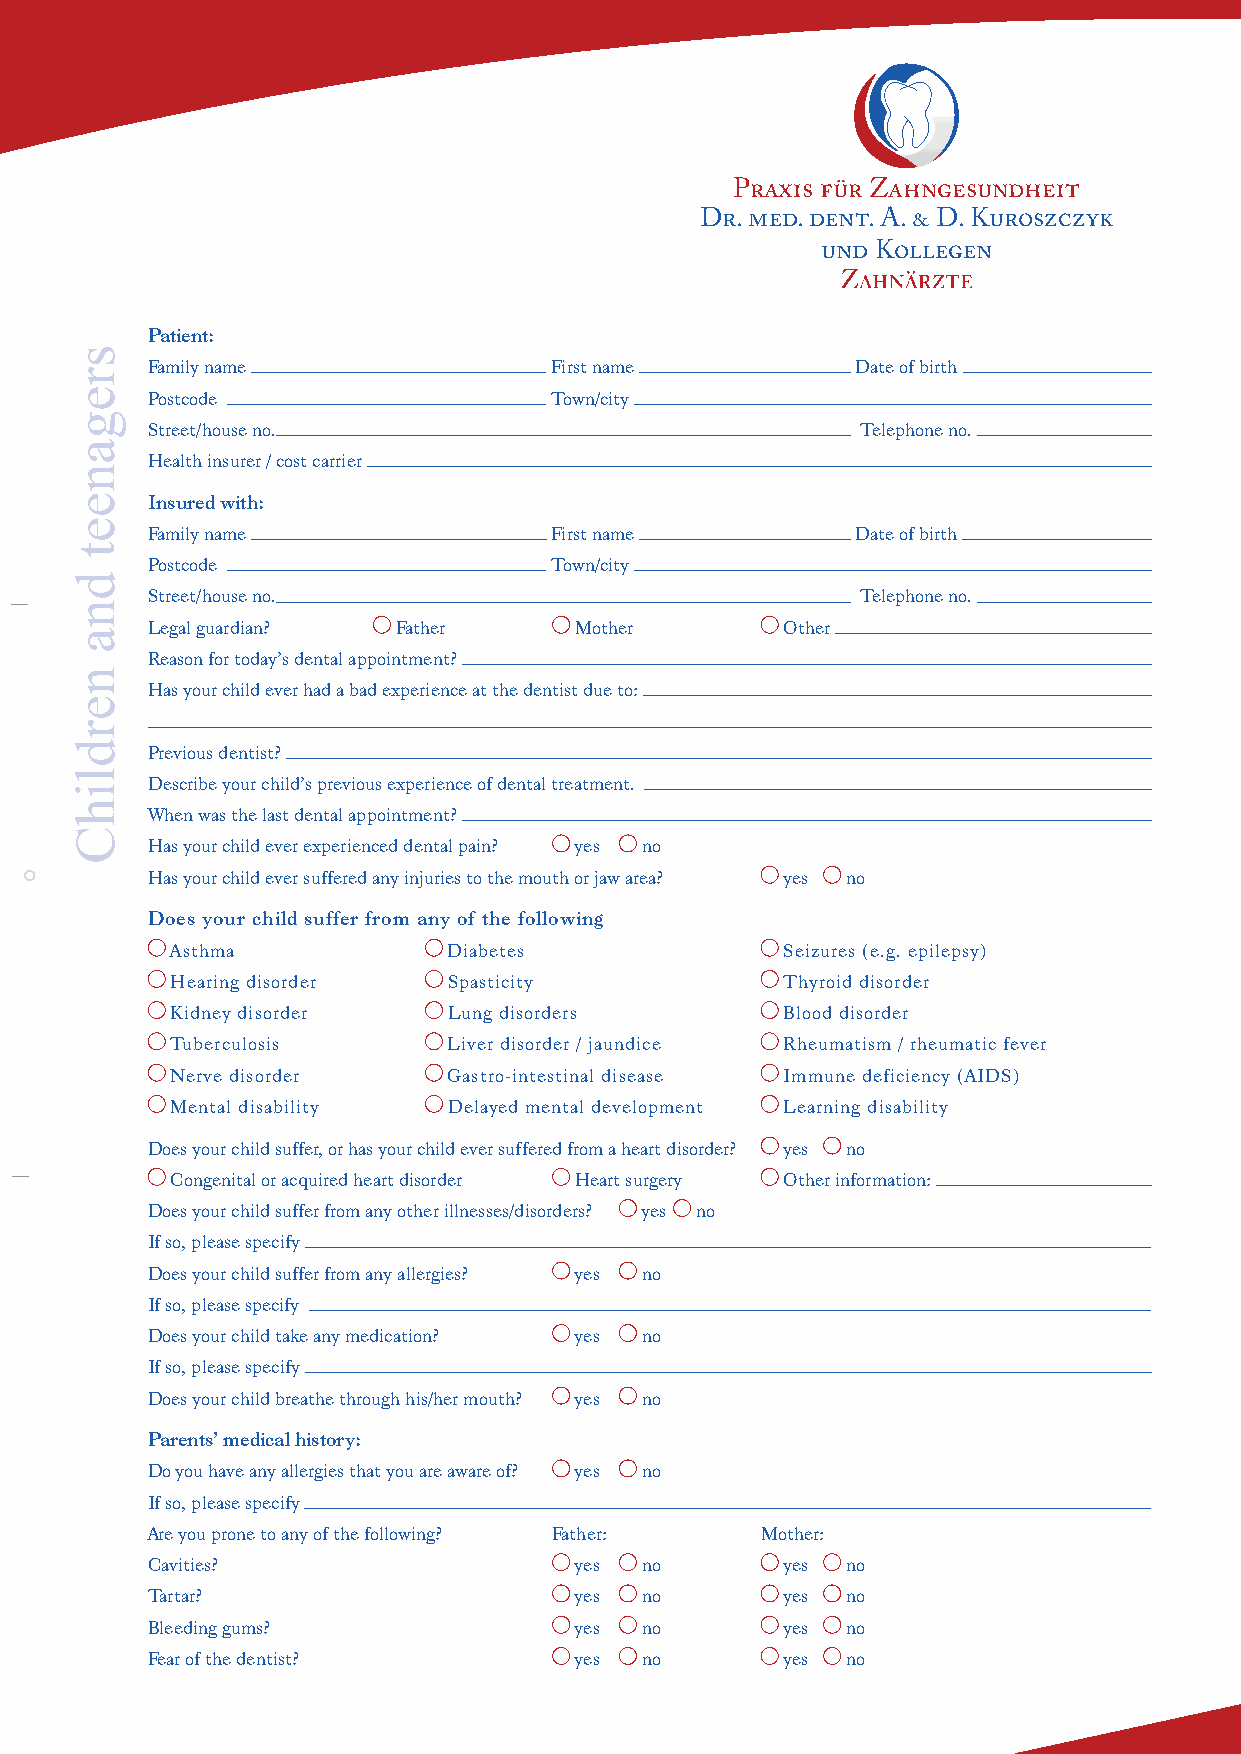
Praxis für Zahngesundheit
 Dr. med. dent. A. & D. Kuroszczyk
 und Kollegen
 Patient:
 Family name               First name           Date of birth
 Postcode                  Town/city
 Street/house no.                               Telephone no.
 Health insurer / cost carrier
 Insured with:
 Family name               First name           Date of birth
 Postcode                  Town/city
 Street/house no.                               Telephone no.
 Legal guardian? Father      Mother        Other
 Reason for today’s dental appointment?
 Has your child ever had a bad experience at the dentist due to:
 Previous dentist?
 Describe your child’s previous experience of dental treatment.
 When was the last dental appointment?
 Has your child ever experienced dental pain? yes no
 Has your child ever suffered any injuries to the mouth or jaw area? yes no
 Does your child suffer from any of the following
 Asthma             Diabetes              Seizures (e.g. epilepsy)
 Hearing disorder   Spasticity            Thyroid disorder
 Kidney disorder    Lung disorders        Blood disorder
 Tuberculosis       Liver disorder / jaundice Rheumatism / rheumatic fever
 Nerve disorder     Gastro-intestinal disease Immune deficiency (AIDS)
 Mental disability  Delayed mental development Learning disability
 Does your child suffer, or has your child ever suffered from a heart disorder? yes no
 Congenital or acquired heart disorder Heart surgery Other information:
 Does your child suffer from any other illnesses/disorders? yes no
 If so, please specify
 Does your child suffer from any allergies? yes no
 If so, please specify
 Does your child take any medication? yes no
 If so, please specify
 Does your child breathe through his/her mouth? yes no
 Parents’ medical history:
 Do you have any allergies that you are aware of? yes no
 If so, please specify
 Are you prone to any of the following? Father: Mother:
 Cavities?                   yes no        yes no
 Tartar?                     yes no        yes no
 Bleeding gums?              yes no        yes no
 Fear of the dentist?        yes no        yes no
 sreganeet
 dna
 nerdlihC